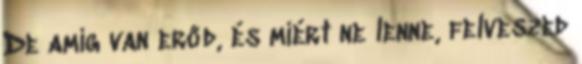
De amíg van erőd, és miért ne lenne, felveszed